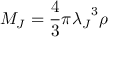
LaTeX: M _ { J } = \frac { 4 } { 3 } { \pi } { \lambda _ { J } } ^ { 3 } \rho